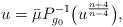
LaTeX: \begin{align*} u = \bar{\mu} P_{g_0}^{-1} \big( u^{\frac{n+4}{n-4}} \big),\end{align*}